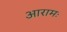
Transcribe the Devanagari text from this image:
आरामः